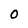
Character: 0